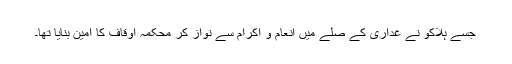
جسے ہلاکو نے غداری کے صلے میں انعام و اکرام سے نواز کر محکمہ اوقاف کا امین بنایا تھا۔